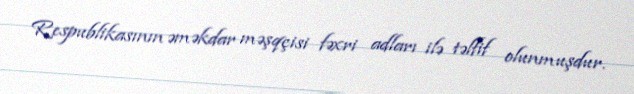
Respublikasının əməkdar məşqçisi fəxri adları ilə təlfif olunmuşdur.